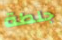
جلطة